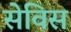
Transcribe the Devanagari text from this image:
सेविस